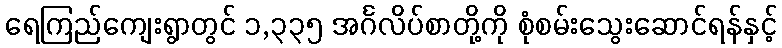
ရေကြည်ကျေးရွာတွင် ၁,၃၃၅ အင်္ဂလိပ်စာတို့ကို စုံစမ်းသွေးဆောင်ရန်နှင့်